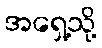
အရှေ့သို့